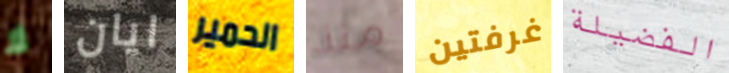
لا ايان الحمير منذ غرفتين الفضيلة